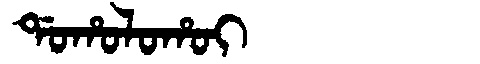
Manchu: ᡩᠣᡥᠣᠯᠣᡥᠣᡳ
Romanization: DOHOLOHOI